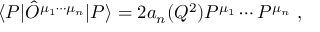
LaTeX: \langle P | \hat { O } ^ { \mu _ { 1 } \cdots \mu _ { n } } | P \rangle = 2 a _ { n } ( Q ^ { 2 } ) P ^ { \mu _ { 1 } } \cdots P ^ { \mu _ { n } } \ ,